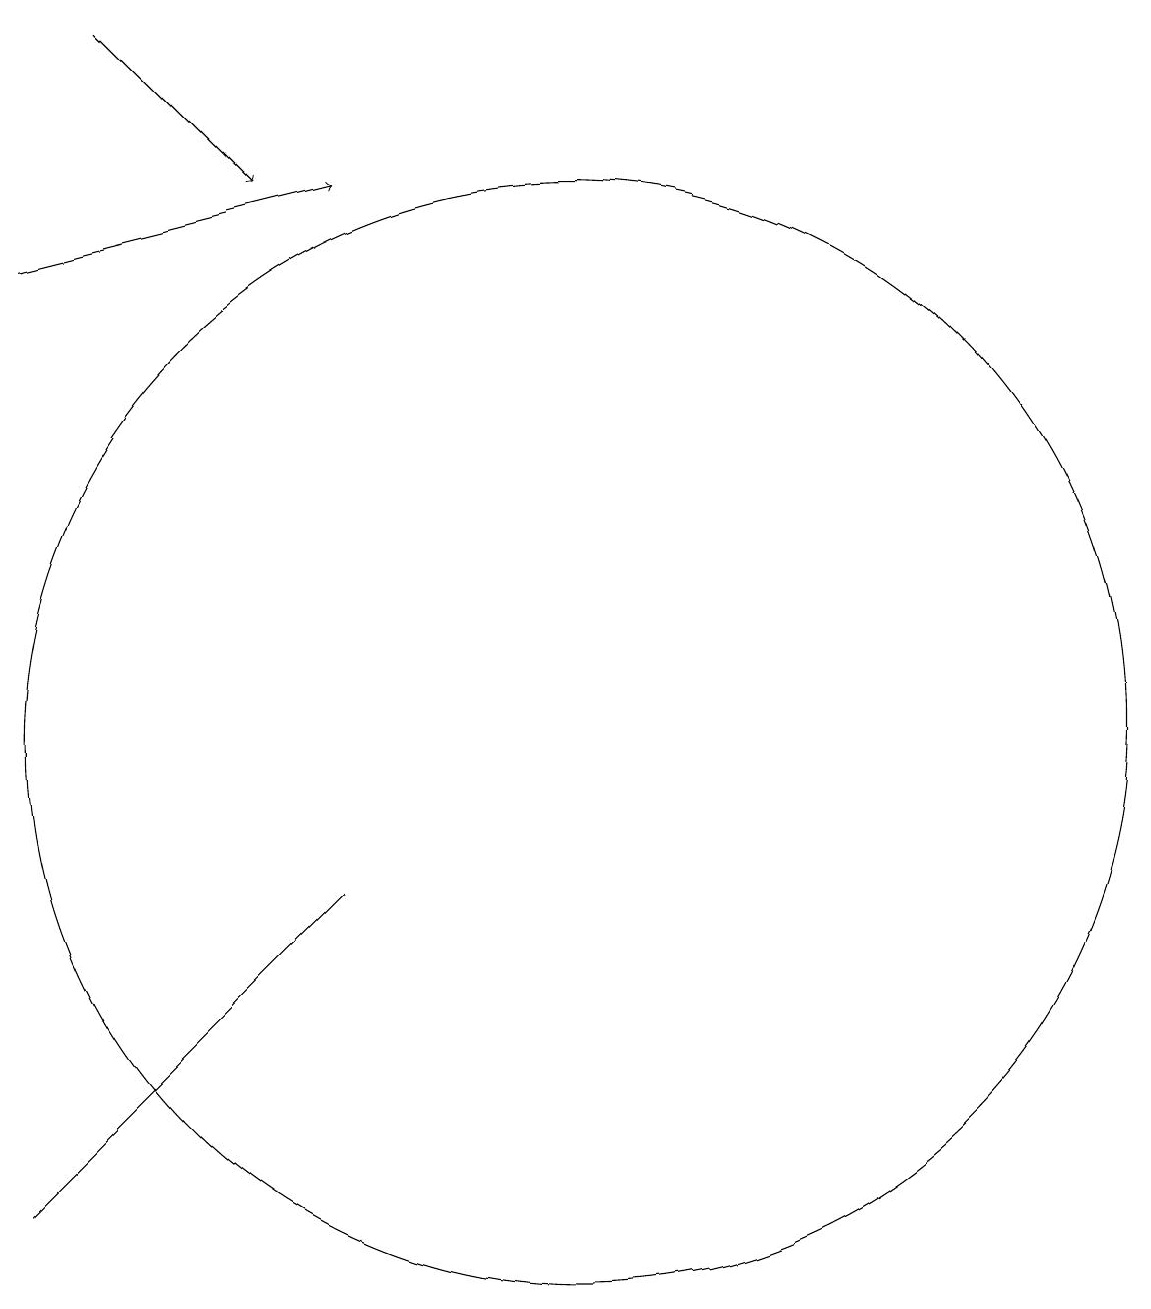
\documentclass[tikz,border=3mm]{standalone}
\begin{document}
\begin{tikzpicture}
\draw (8,8) -- (4,4) -- (5,5) -- cycle;
\draw[->] (4,16) -- (8,17);
\draw (11,10) circle (0);
\draw (10,11) circle (0);
\draw (11,10) circle (7);
\draw[->] (5,19) -- (7,17);
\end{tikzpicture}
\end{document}